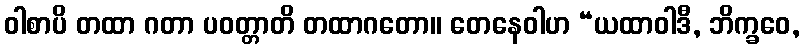
ဝါစာပိ တထာ ဂတာ ပဝတ္တာတိ တထာဂတော။ တေနေဝါဟ “ယထာဝါဒီ, ဘိက္ခဝေ,